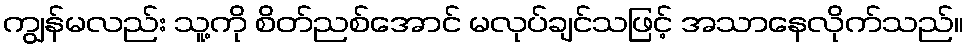
ကျွန်မလည်း သူ့ကို စိတ်ညစ်အောင် မလုပ်ချင်သဖြင့် အသာနေလိုက်သည်။